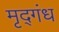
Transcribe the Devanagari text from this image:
मृद्गंध